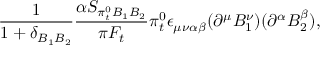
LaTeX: \frac { 1 } { 1 + \delta _ { B _ { 1 } B _ { 2 } } } \frac { \alpha S _ { \pi _ { t } ^ { 0 } B _ { 1 } B _ { 2 } } } { \pi F _ { t } } \pi _ { t } ^ { 0 } \epsilon _ { \mu \nu \alpha \beta } ( \partial ^ { \mu } B _ { 1 } ^ { \nu } ) ( \partial ^ { \alpha } B _ { 2 } ^ { \beta } ) ,